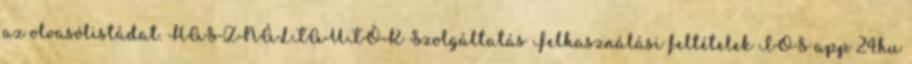
az olvasólistádat. HASZNÁLTAUTÓK Szolgáltatás Felhasználási feltételek IOS app 24.hu